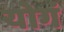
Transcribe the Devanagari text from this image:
योगं